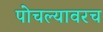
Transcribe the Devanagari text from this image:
पोचल्यावरच